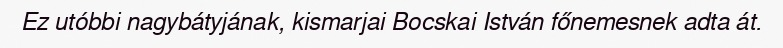
Ez utóbbi nagybátyjának, kismarjai Bocskai István főnemesnek adta át.